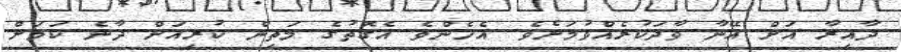
ދާއިރާ އަށް އޭނާ ވާދަކުރެއްވުމަށެވެ. އެހެންވެ އެގޮތުގެ މަތިން ކުރިއަށް ދާނެ ކަމަށް